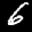
Label: 6